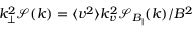
k _ { \perp } ^ { 2 } \mathcal { S } ( k ) = \langle v ^ { 2 } \rangle k _ { v } ^ { 2 } \mathcal { S } _ { B _ { \| } } ( k ) / B ^ { 2 }